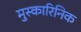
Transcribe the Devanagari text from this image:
मुस्कारिनिक